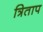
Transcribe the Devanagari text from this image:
त्रिताप